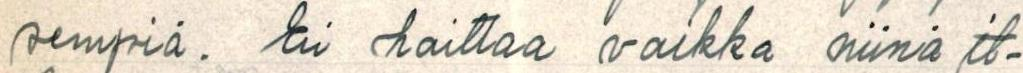
sempiä. Ei haittaa vaikka niinä il-